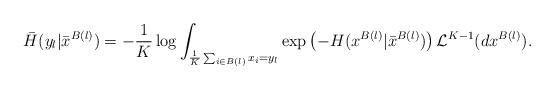
LaTeX: \begin{align*}\bar{H}(y_l | \bar{x}^{B(l)} )= -\frac{1}{K} \log \int_{\frac{1}{K}\sum_{i \in B(l)}x_i = y_l} \exp \left(- H(x^{B(l)} | \bar{x}^{B(l)})\right) \mathcal{L}^{K-1}(dx^{B(l)}).\end{align*}